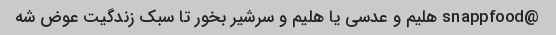
@snappfood هلیم و عدسی یا هلیم و سرشیر بخور تا سبک زندگیت عوض شه